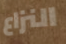
النزاع